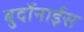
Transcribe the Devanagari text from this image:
बुर्दोनाईस